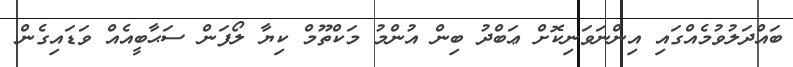
ބައްދަލުވުމެއްގައި އިންނަވަނިކޮށް ޢަބްދު ބިން އުންމު މަކްތޫމް ކިޔާ ލޯފަން ސަޙާބީއެއް ވަޑައިގެން